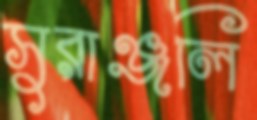
সুরাঞ্জলি